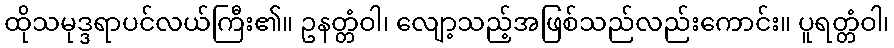
ထိုသမုဒ္ဒရာပင်လယ်ကြီး၏။ ဥနတ္တံဝါ၊ လျော့သည့်အဖြစ်သည်လည်းကောင်း။ ပူရတ္တံဝါ၊